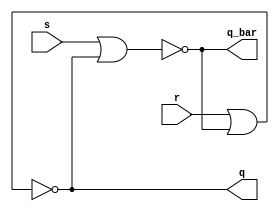
// ---------------------
// Guia 10_01 - Latch SR com portas NOR
// Nome:Ndia de Souza Maciel Vieira Ferreira
// ---------------------

//Implementar um latch SR com portas NOR.
 
// -------------------------------------------------------------------------------------------------------------------------------------------------------------------

module latch_SR(q_bar, q, s, r);

output q, q_bar;
input s, r;



nor NOR1(q_bar, s, q);
nor NOR2(q, r, q_bar);

endmodule

module Exercicio1;
reg s, r;
wire q,q_bar;


latch_SR LSR1(q_bar, q, s, r);


initial begin:start
s=0; r=0;
end

initial begin: main
	   $display("Guia 10_01 -Ndia de Souza Maciel Vieira Ferreira");
      $display("Latch SR com portas NOR");
		$display(" S  R  Q  Q'");
		$monitor(" %b  %b  %b  %b", s, r ,q, q_bar);
		
#1 s = 0;r=1;
#1 s = 1;r=0;
#1 s = 1;r=1;
end

endmodule

/* Resultado obtido
       
    Guia 10_01 - Marcia Cibele Martins Carneiro - 404591
    Latch SR com portas NOR
     S  R  Q  Q'
     0  0  x  x
     0  1  0  1
     1  0  1  0
     1  1  0  0
    

 */